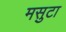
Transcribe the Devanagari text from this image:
मसुटा